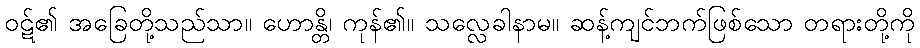
ဝဋ်၏ အခြေတို့သည်သာ။ ဟောန္တိ၊ ကုန်၏။ သလ္လေခါနာမ။ ဆန့်ကျင်ဘက်ဖြစ်သော တရားတို့ကို